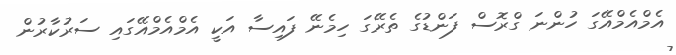
އެމްއެމްއޭގަ ހުންނަ ގްރޮސް ފަންޑުގެ ތެރޭގަ ހިމެނޭ ފައިސާ އަކީ އެމްއެމްއޭގައި ސަރުކާރުން